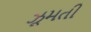
ઝૂમતી